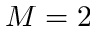
M = 2